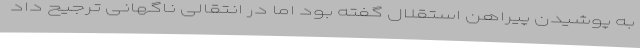
به پوشیدن پیراهن استقلال گفته بود اما در انتقالی ناگهانی ترجیح داد